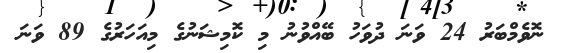
ނޮވެމްބަރު 24 ވަނަ ދުވަހު ބޭއްވުނު މި ކޮމިޝަނުގެ މިއަހަރުގެ 89 ވަނަ